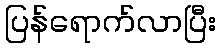
ပြန်ရောက်လာပြီး